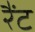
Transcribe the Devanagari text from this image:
रैंट